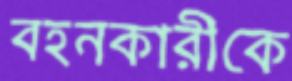
বহনকারীকে